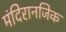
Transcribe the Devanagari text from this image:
मंदिरानजिक